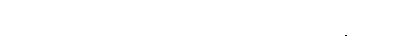
နိကာမလာဘီ၊ အလိုရှိတိုင်းရခြင်းရှိသည်။ အကိစ္ဆာလာလီ၊